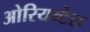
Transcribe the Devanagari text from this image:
ओरियन्टेल